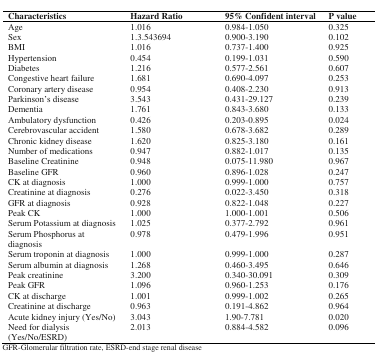
<table><thead><tr><td><b>Characteristics</b></td><td><b>Hazard Ratio</b></td><td><b>95% Confident interval</b></td><td><b>P value</b></td></tr></thead><tbody><tr><td>Age</td><td>1.016</td><td>0.984-1.050</td><td>0.325</td></tr><tr><td>Sex</td><td>1.3.543694</td><td>0.900-3.190</td><td>0.102</td></tr><tr><td>BMI</td><td>1.016</td><td>0.737-1.400</td><td>0.925</td></tr><tr><td>Hypertension</td><td>0.454</td><td>0.199-1.031</td><td>0.590</td></tr><tr><td>Diabetes</td><td>1.216</td><td>0.577-2.561</td><td>0.607</td></tr><tr><td>Congestive heart failure</td><td>1.681</td><td>0.690-4.097</td><td>0.253</td></tr><tr><td>Coronary artery disease</td><td>0.954</td><td>0.408-2.230</td><td>0.913</td></tr><tr><td>Parkinson’s disease</td><td>3.543</td><td>0.431-29.127</td><td>0.239</td></tr><tr><td>Dementia</td><td>1.761</td><td>0.843-3.680</td><td>0.133</td></tr><tr><td>Ambulatory dysfunction</td><td>0.426</td><td>0.203-0.895</td><td>0.024</td></tr><tr><td>Cerebrovascular accident</td><td>1.580</td><td>0.678-3.682</td><td>0.289</td></tr><tr><td>Chronic kidney disease</td><td>1.620</td><td>0.825-3.180</td><td>0.161</td></tr><tr><td>Number of medications</td><td>0.947</td><td>0.882-1.017</td><td>0.135</td></tr><tr><td>Baseline Creatinine</td><td>0.948</td><td>0.075-11.980</td><td>0.967</td></tr><tr><td>Baseline GFR</td><td>0.960</td><td>0.896-1.028</td><td>0.247</td></tr><tr><td>CK at diagnosis</td><td>1.000</td><td>0.999-1.000</td><td>0.757</td></tr><tr><td>Creatinine at diagnosis</td><td>0.276</td><td>0.022-3.450</td><td>0.318</td></tr><tr><td>GFR at diagnosis</td><td>0.928</td><td>0.822-1.048</td><td>0.227</td></tr><tr><td>Peak CK</td><td>1.000</td><td>1.000-1.001</td><td>0.506</td></tr><tr><td>Serum Potassium at diagnosis</td><td>1.025</td><td>0.377-2.792</td><td>0.961</td></tr><tr><td>Serum Phosphorus at diagnosis</td><td>0.978</td><td>0.479-1.996</td><td>0.951</td></tr><tr><td>Serum troponin at diagnosis</td><td>1.000</td><td>0.999-1.000</td><td>0.287</td></tr><tr><td>Serum albumin at diagnosis</td><td>1.268</td><td>0.460-3.495</td><td>0.646</td></tr><tr><td>Peak creatinine</td><td>3.200</td><td>0.340-30.091</td><td>0.309</td></tr><tr><td>Peak GFR</td><td>1.096</td><td>0.960-1.253</td><td>0.176</td></tr><tr><td>CK at discharge</td><td>1.001</td><td>0.999-1.002</td><td>0.265</td></tr><tr><td>Creatinine at discharge</td><td>0.963</td><td>0.191-4.862</td><td>0.964</td></tr><tr><td>Acute kidney injury (Yes/No)</td><td>3.043</td><td>1.90-7.781</td><td>0.020</td></tr><tr><td>Need for dialysis (Yes/No/ESRD)</td><td>2.013</td><td>0.884-4.582</td><td>0.096</td></tr></tbody></table>